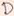
Text: D